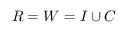
R = W = I \cup C